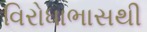
વિરોધાભાસથી